Report on the working of the Ranchi Indian Mental Hospital, Kanke, in Bihar and Orissa - 1930-1940
Year: 1930
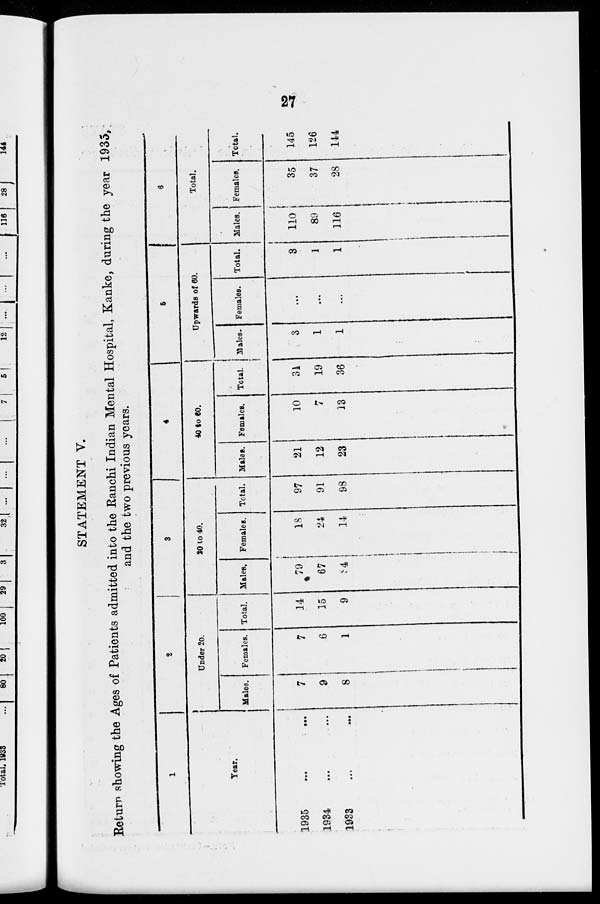
27
STATEMENT V.
Return showing the Ages of Patients admitted into the Ranchi Indian Mental Hospital, Kanke, during the year 1935,
and the two previous years.
1
Year.
1935 ... ...
1934 ... ...
1933 ... ...
2
Under 20.
Males.
7
9
8
Females.
7
6
1
Total.
14
15
9
3
20 to 40.
Males.
79
67
84
Females.
18
24
14
Total.
97
91
98
4
40 to 60.
Males.
21
12
23
Females.
10
7
13
Total.
31
19
36
5
Upwards of 60.
Males.
3
1
1
Females.
...
...
...
Total.
3
1
1
6
Total.
Males.
110
89
116
Females.
35
37
28
Total.
145
126
144